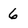
Character: 6